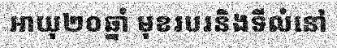
អាយុ២០ឆ្នាំ មុខរបរនិងទីលំនៅ